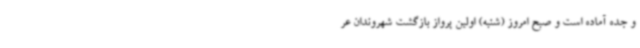
و جده آماده است و صبح امروز (شنبه) اولین پرواز بازگشت شهروندان عر